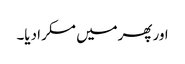
اور پھرمیں مسکرا دیا۔